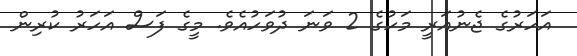
އަހަރުގެ ޖެނުއަރީ މަހުގެ 2 ވަނަ ދުވަހުއެވެ. މީގެ ފަސް އަހަރު ކުރިން